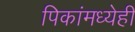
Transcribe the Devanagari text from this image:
पिकांमध्येही